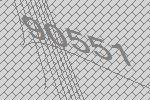
90551